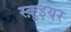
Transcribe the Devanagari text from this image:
स्क़ुइयर